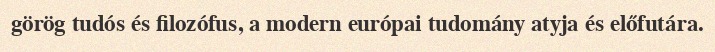
görög tudós és filozófus, a modern európai tudomány atyja és előfutára.